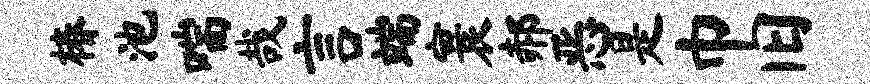
椿池喘哉言端寰郝恶是巾旧